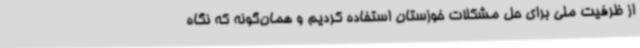
از ظرفیت ملی برای حل مشکلات خوزستان استفاده کردیم و همان‌گونه که نگاه